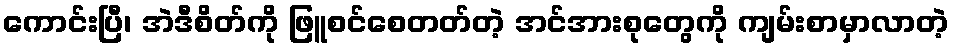
ကောင်းပြီ၊ အဲဒီစိတ်ကို ဖြူစင်စေတတ်တဲ့ အင်အားစုတွေကို ကျမ်းစာမှာလာတဲ့